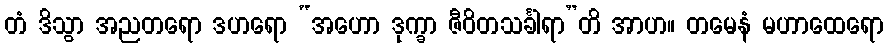
တံ ဒိသွာ အညတရော ဒဟရော “အဟော ဒုက္ခာ ဇီဝိတသင်္ခါရာ”တိ အာဟ။ တမေနံ မဟာထေရော